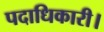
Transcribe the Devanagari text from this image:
पदाधिकारी।